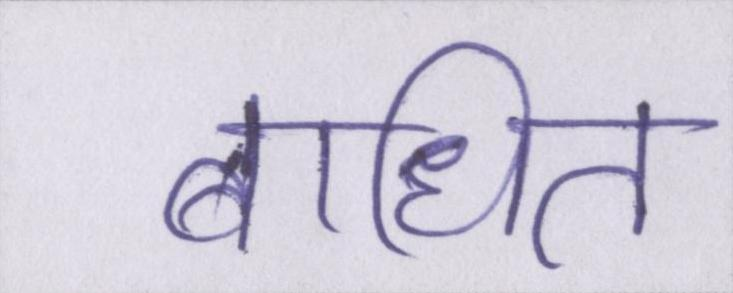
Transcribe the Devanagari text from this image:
बाधित